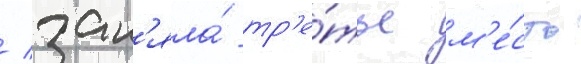
/ зан'яла́ тр'е́тье м'е́сто